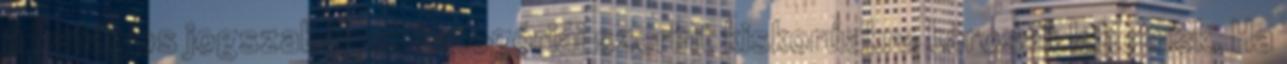
a hatályos jogszabályok kategóriái szerint kiskorúakra károsak lehetnek. Ha